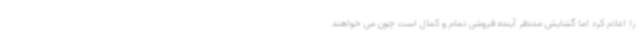
را اعلام کرد اما گشایش مدنظر آینده فروشی تمام و کمال است چون می خواهند